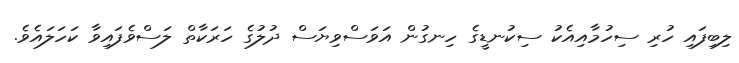
ލިބިފައި ހުރި ސިހުމާއިއެކު ސިކުނޑީގެ ހިނގުން އަވަސްވިޔަސް ދުލުގެ ހަރަކާތް ލަސްވެފައިވާ ކަހަލައެވެ.